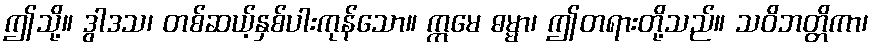
ဤသို့။ ဒွါဒသ၊ တစ်ဆယ့်နှစ်ပါးကုန်သော။ ဣမေ ဓမ္မာ၊ ဤတရားတို့သည်။ သဝိဘတ္တိကာ၊